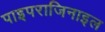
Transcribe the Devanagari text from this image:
पाइपराजिनाइल